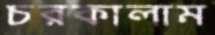
চরকালাম